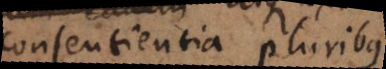
consentientia pluribus